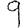
Digit: 9